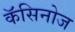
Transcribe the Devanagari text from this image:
कॅसिनोज